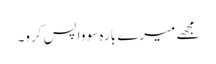
مجھے میرے بارہ سو واپس کرو۔